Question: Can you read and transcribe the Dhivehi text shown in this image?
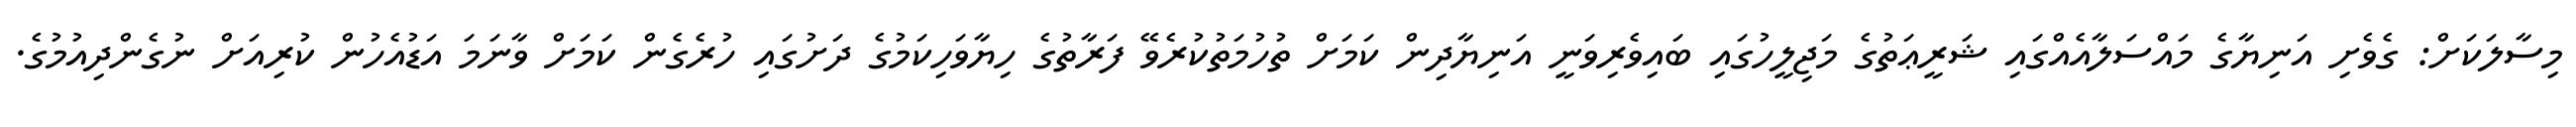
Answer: މިސާލަކަށް: ގެވެށި އަނިޔާގެ މައްސަލާއެއްގައި ޝަރީޢަތުގެ މަޖިލީހުގައި ބައިވެރިވަނީ އަނިޔާދިން ކަމަށް ތުހުމަތުކުރެވޭ ފަރާތުގެ ހިޔާވަހިކަމުގެ ދަށުގައި ހުރެގެން ކަމަށް ވާނަމަ އަޑުއެހުން ކުރިއަށް ނުގެންދިއުމުގެ.